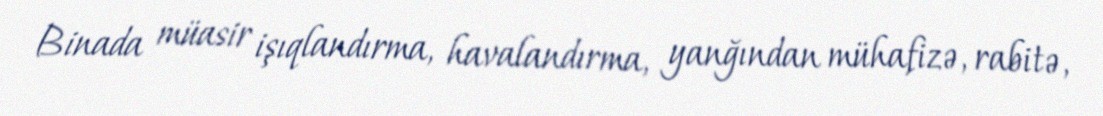
Binada müasir işıqlandırma, havalandırma, yanğından mühafizə, rabitə,